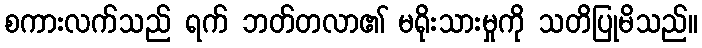
စကားလက်သည် ရက် ဘတ်တလာ၏ မရိုးသားမှုကို သတိပြုမိသည်။